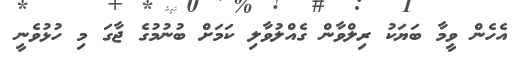
އެހެން ވީމާ ބަޔަކު ރިލްވާން ގެއްލުވާލި ކަމަށް ބުނުމުގެ ޖާގަ މި ހުޅުވެނީ